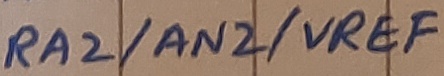
Text: RA2/AN2/VREF